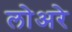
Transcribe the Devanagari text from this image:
लोअरे